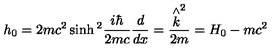
h _ { 0 } = 2 m c ^ { 2 } \sinh { } ^ { 2 } \frac { i \hbar } { 2 m c } \frac d { d x } = \frac { \stackrel { \wedge } { k } ^ { 2 } } { 2 m } = H _ { 0 } - m c ^ { 2 }